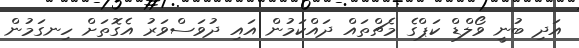
އަދި ބުުނީ ވޯލްޑް ކަޕްގެ މެޗްތައް ދައްކަމުން އައި ދުވަސްވަރު އެގޮތަށް ހިނގަމުން